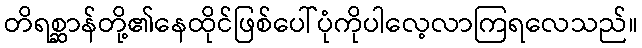
တိရစ္ဆာန်တို့၏နေထိုင်ဖြစ်ပေါ်ပုံကိုပါလေ့လာကြရလေသည်။